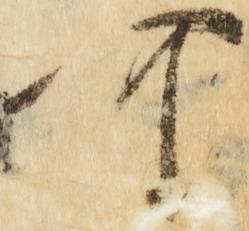
可